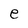
Character: e